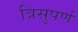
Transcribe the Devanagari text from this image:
त्रिसुपर्ण